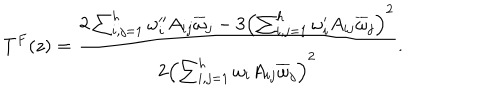
T ^ { F } ( z ) = { \frac { 2 \sum _ { i , j = 1 } ^ { h } \omega _ { i } ^ { \prime \prime } A _ { i j } \overline { { \omega } } _ { j } - 3 \left( \sum _ { i , j = 1 } ^ { h } \omega _ { i } ^ { \prime } A _ { i j } \overline { { \omega } } _ { j } \right) ^ { 2 } } { 2 \left( \sum _ { i , j = 1 } ^ { h } \omega _ { i } A _ { i j } \overline { { \omega } } _ { j } \right) ^ { 2 } } } .